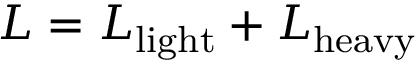
{ \cal L } = { \cal L } _ { \mathrm { l i g h t } } + { \cal L } _ { \mathrm { h e a v y } }